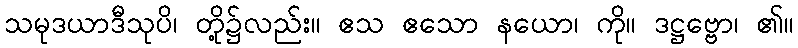
သမုဒယာဒီသုပိ၊ တို့၌လည်း။ ဧသ ဧသော နယော၊ ကို။ ဒဋ္ဌဗ္ဗော၊ ၏။